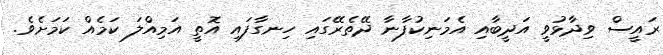
ރައީސް ވިދާޅުވީ އަދީބާއި އެމަނިކުފާނާ ދޭތެރޭގައި ހިނގާފައި އޮތީ އަމިއްލަ ކަމެއް ކަމަށެވެ.